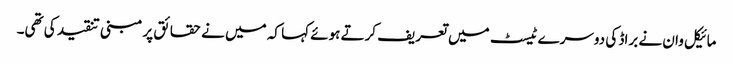
مائیکل وان نے براڈ کی دوسرے ٹیسٹ میں تعریف کرتے ہوئے کہا کہ میں نے حقائق پر مبنی تنقید کی تھی۔